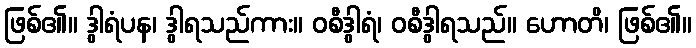
ဖြစ်၏။ ဒွါရံပန၊ ဒွါရသည်ကား။ ဝစီဒွါရံ၊ ဝစီဒွါရသည်။ ဟောတိ၊ ဖြစ်၏။